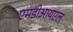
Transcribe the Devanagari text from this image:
एमडीआयएल